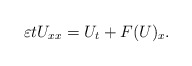
\begin{align*}\varepsilon t U_{xx}=U_t+F(U)_x.\end{align*}